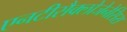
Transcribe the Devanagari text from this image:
एनटीसैक्लोजेनेसिस